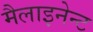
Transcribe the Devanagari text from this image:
मैलाइनेन्ट